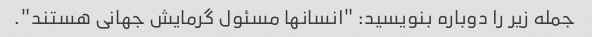
جمله زیر را دوباره بنویسید: "انسانها مسئول گرمایش جهانی هستند".